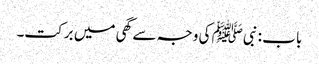
باب : نبیﷺ کی وجہ سے گھی میں برکت۔